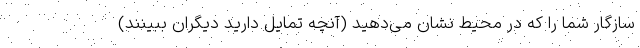
سازگار شما را که در محیط نشان می‌دهید (آنچه تمایل دارید دیگران ببینند)